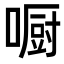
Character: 𠾇